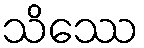
သိဿေ